USPER Statement about UAP Sighting
Agency: Department of State
Incident date: Late 2025
Incident location: United States
Page 1
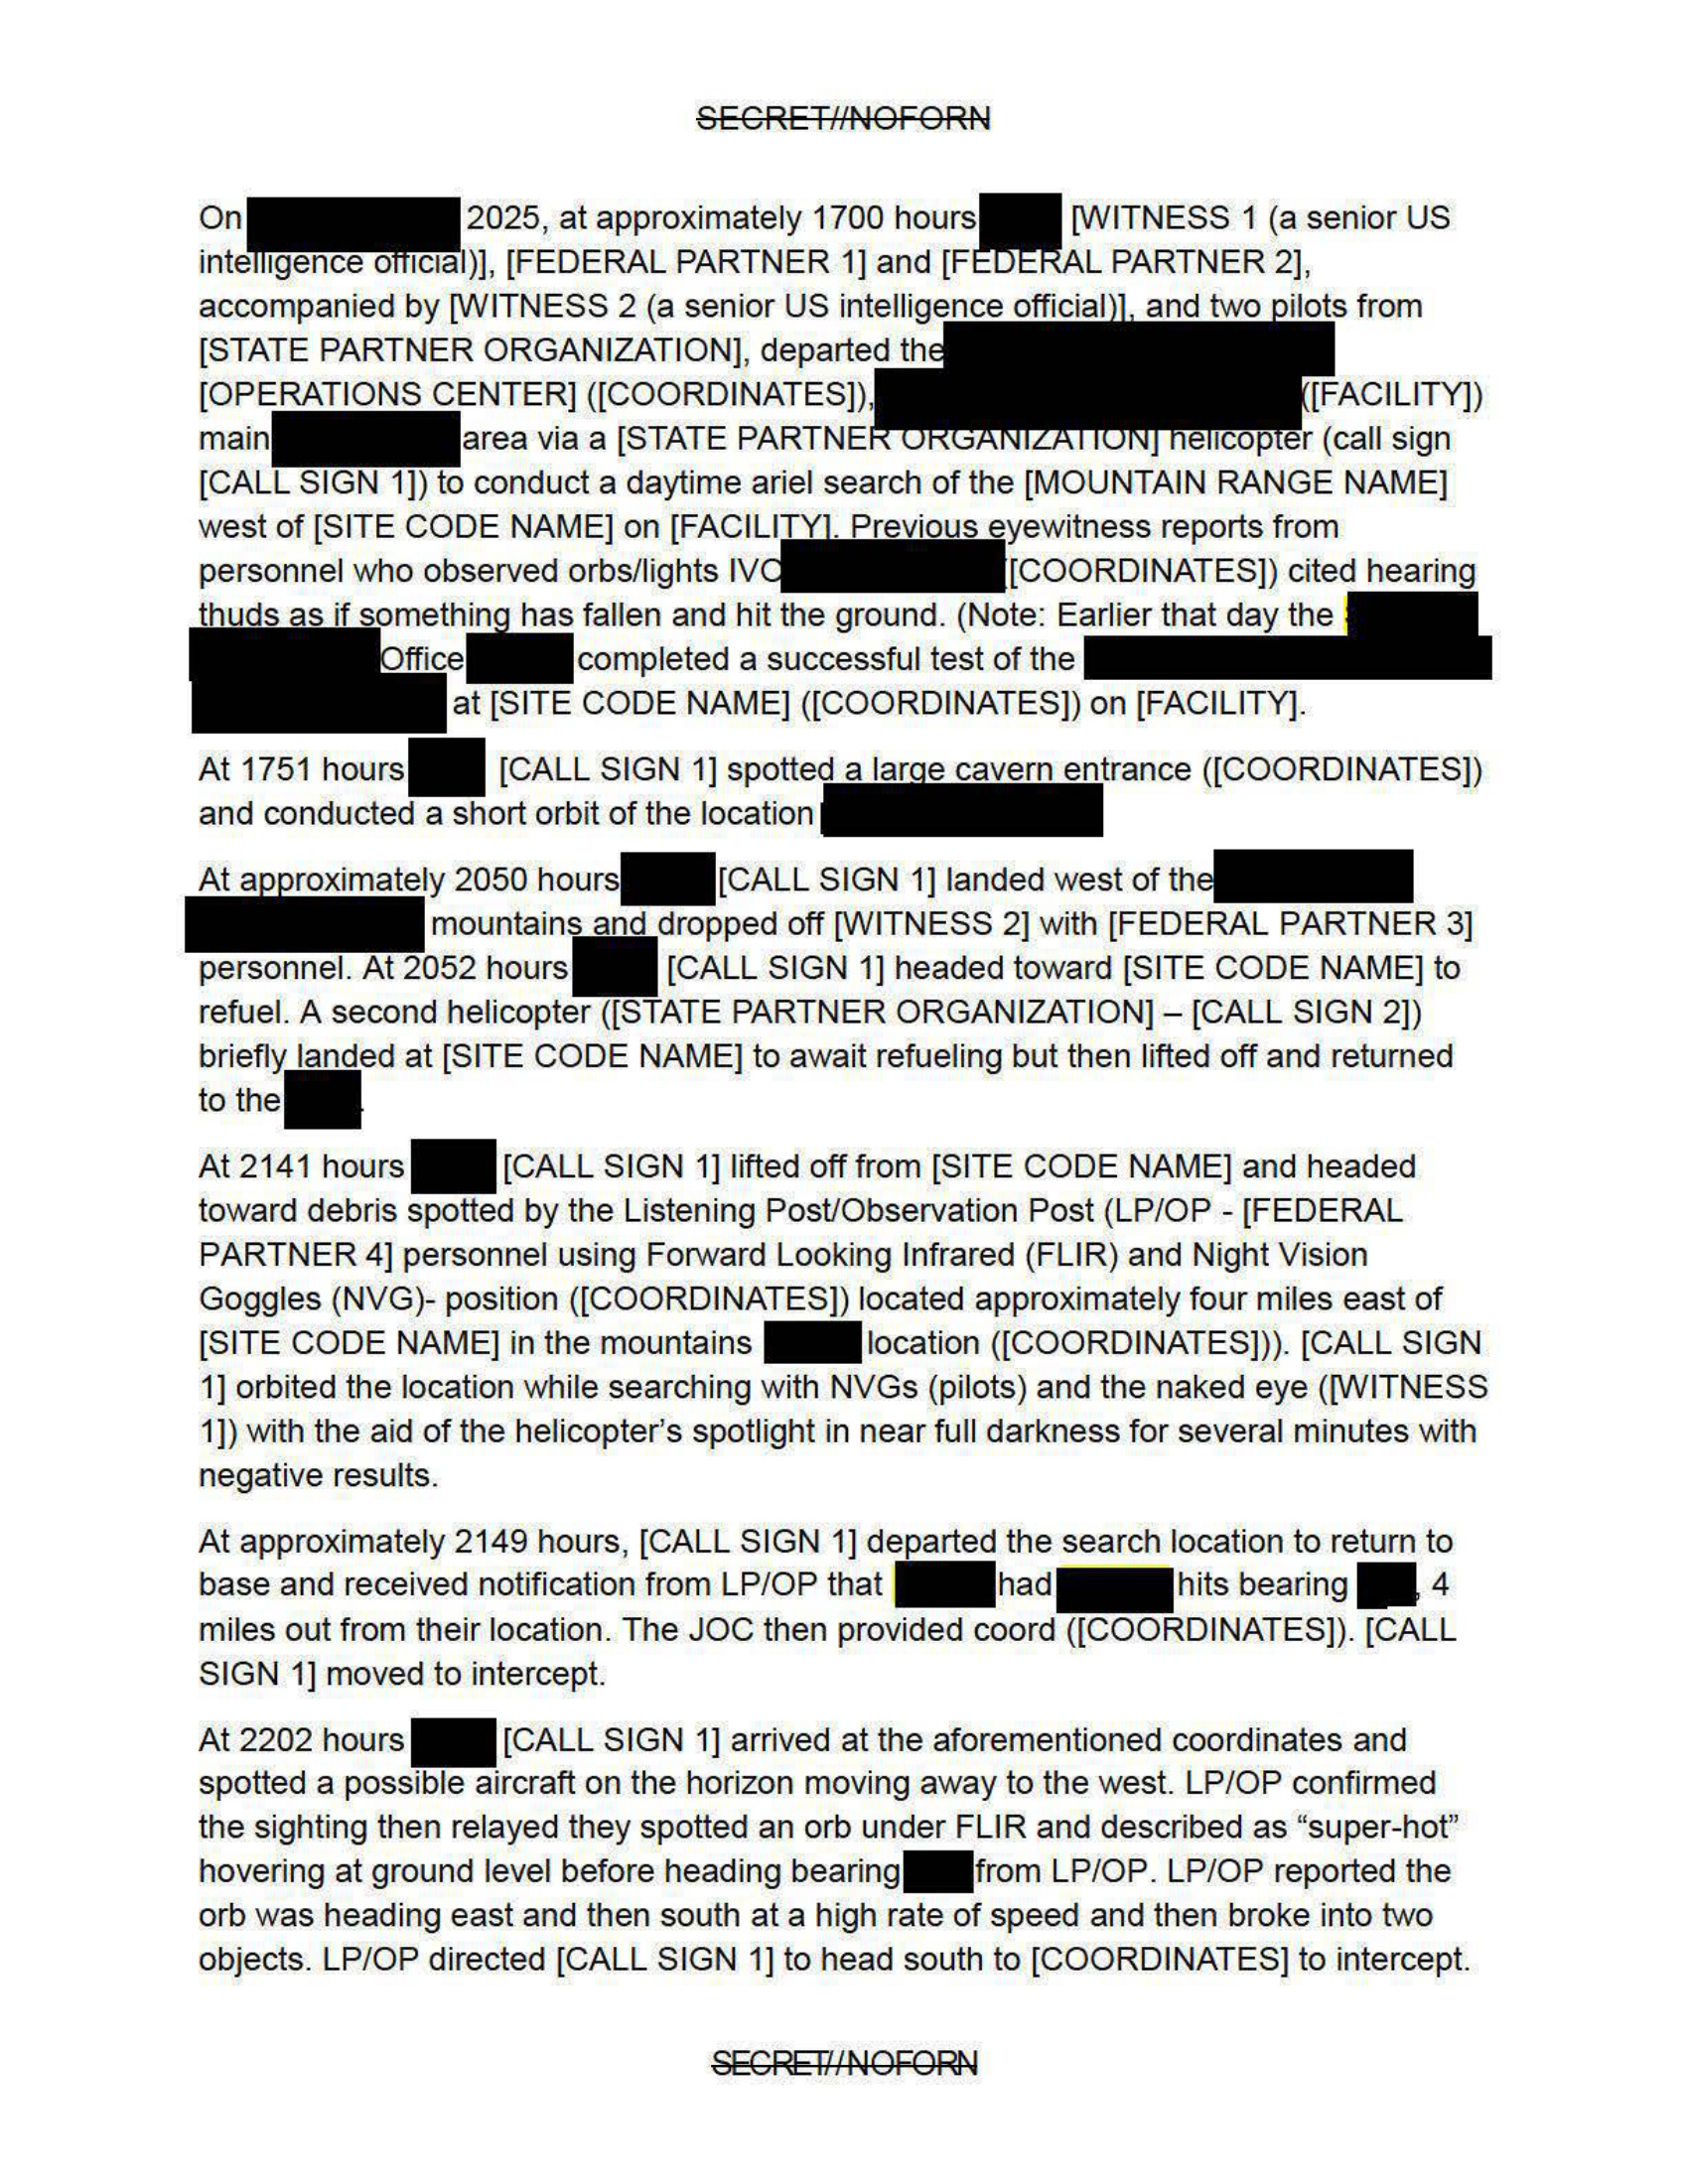